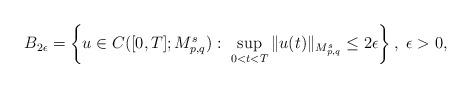
LaTeX: \begin{align*}B_{2\epsilon}=\left\{u\in C([0,T];M^s_{p,q}):\ \sup_{0<t<T}\Vert u(t)\Vert_{M^s_{p,q}}\leq 2\epsilon\right\},\ \epsilon>0,\end{align*}